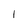
Character: I